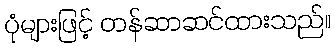
ပုံများဖြင့် တန်ဆာဆင်ထားသည်။